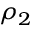
\rho _ { 2 }